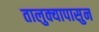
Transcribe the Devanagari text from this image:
तालुक्यापासुन